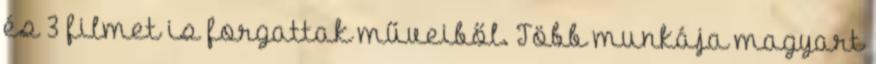
és 3 filmet is forgattak műveiből. Több munkája magyart